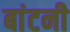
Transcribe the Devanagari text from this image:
बांटनी